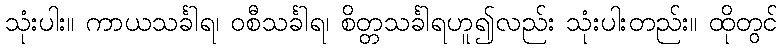
သုံးပါး။ ကာယသင်္ခါရ၊ ဝစီသင်္ခါရ၊ စိတ္တသင်္ခါရဟူ၍လည်း သုံးပါးတည်း။ ထိုတွင်